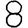
Digit: 8